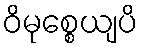
ဝိမုစ္စေယျပိ